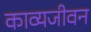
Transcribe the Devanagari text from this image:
काव्यजीवन